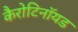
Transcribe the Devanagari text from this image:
कैरोटिनॉयड